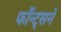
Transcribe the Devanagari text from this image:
फाँन्ट्‌सने